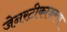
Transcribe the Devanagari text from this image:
जेनरटीकाकरण